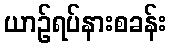
ယာဉ်ရပ်နားစခန်း